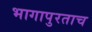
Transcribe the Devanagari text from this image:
भागापुरताच